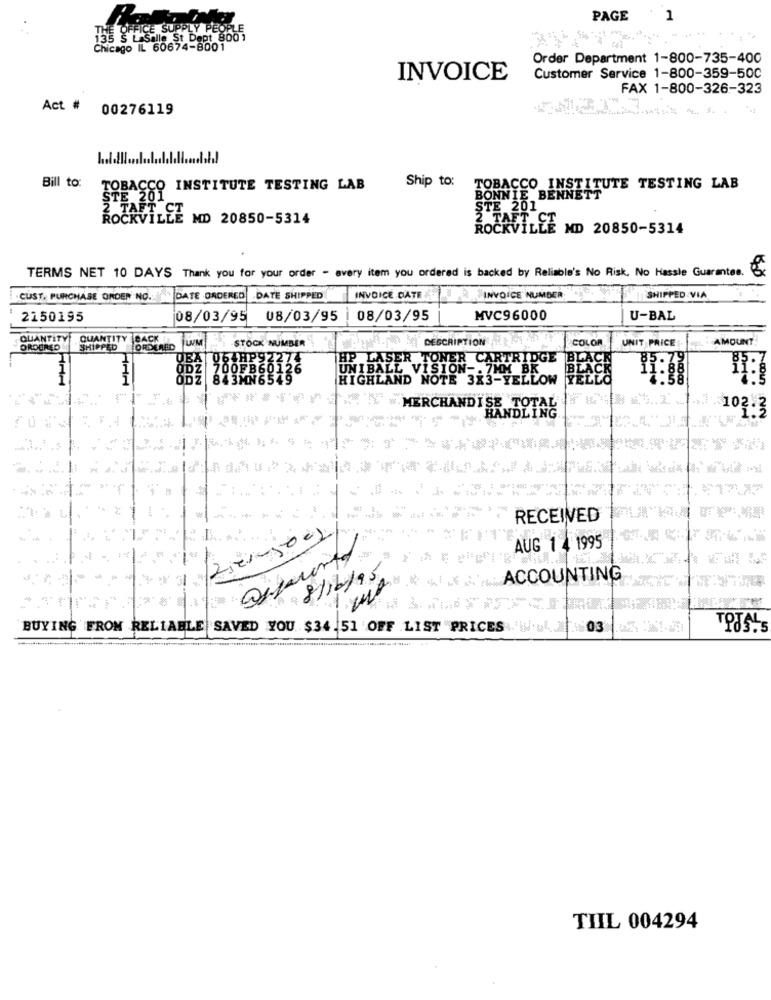
PAGE
1
135 OFFICE SUPPLY PEOPLE
"Salle St Dept 8001
Chicago IL 60674-8001
Order Department 1-800-735-400
INVOICE
Customer Service 1-800-359-500
FAX 1-800-326-323
Act # 00276119
Bill to:
TOBACCO INSTITUTE TESTING LAB
Ship to: TOBACCO INSTITUTE TESTING LAB
BONNIE BENNETT
STE 201
3'
2 TAFT CT
MD 20850-5314
2 TAFT
ROCKVILLE MD 20850-5314
TERMS NET 10 DAYS Thank you for your order - avery item you ordered is backed by Reliable's No Risk, No Hassle Guarantee.
CUST. PURCHASE ORDER NO.
DATE ORDERED
DATE SHIPPED
INVOICE DATE
INVOICE NUMBER
SHIPPED VIA
2150195
08/03/95
08/03/95
08/03/95
MVC96000
U-BAL
QUANTITY
QUANTITY BACK
BACK
UM
DESCRIPTION
COLOR
UNIT PRICE
AMOUNT
ORDERED
SHIPPED
ORD
STOCK NUMBER
JEA 06 HPS
HP LASER TONER CARTRIDGE
700FB6012
UNIBALL VISION -. 7MM BK
BLAC
ODZ 843MN6545º
HIGHLAND NOTE 323-YELLOW
YE
MERCHANDISE TOTAL
102.3
HANDLING
RECEIVED
AUG 1 4 1995
ACCOUNTING
+ 8/16/95
BUYING FROM RELIABLE
SAVED YOU $34.51 OFF LIST "PRICES . 03
TOTAL
TIIL 004294